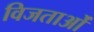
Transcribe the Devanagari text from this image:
विजताओं